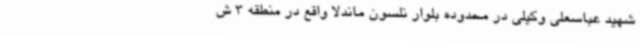
شهید عباسعلی وکیلی در محدوده بلوار نلسون ماندلا واقع در منطقه 3 ش